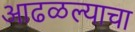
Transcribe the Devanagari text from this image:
आढळल्याचा